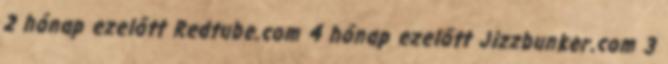
2 hónap ezelőtt Redtube.com 4 hónap ezelőtt Jizzbunker.com 3